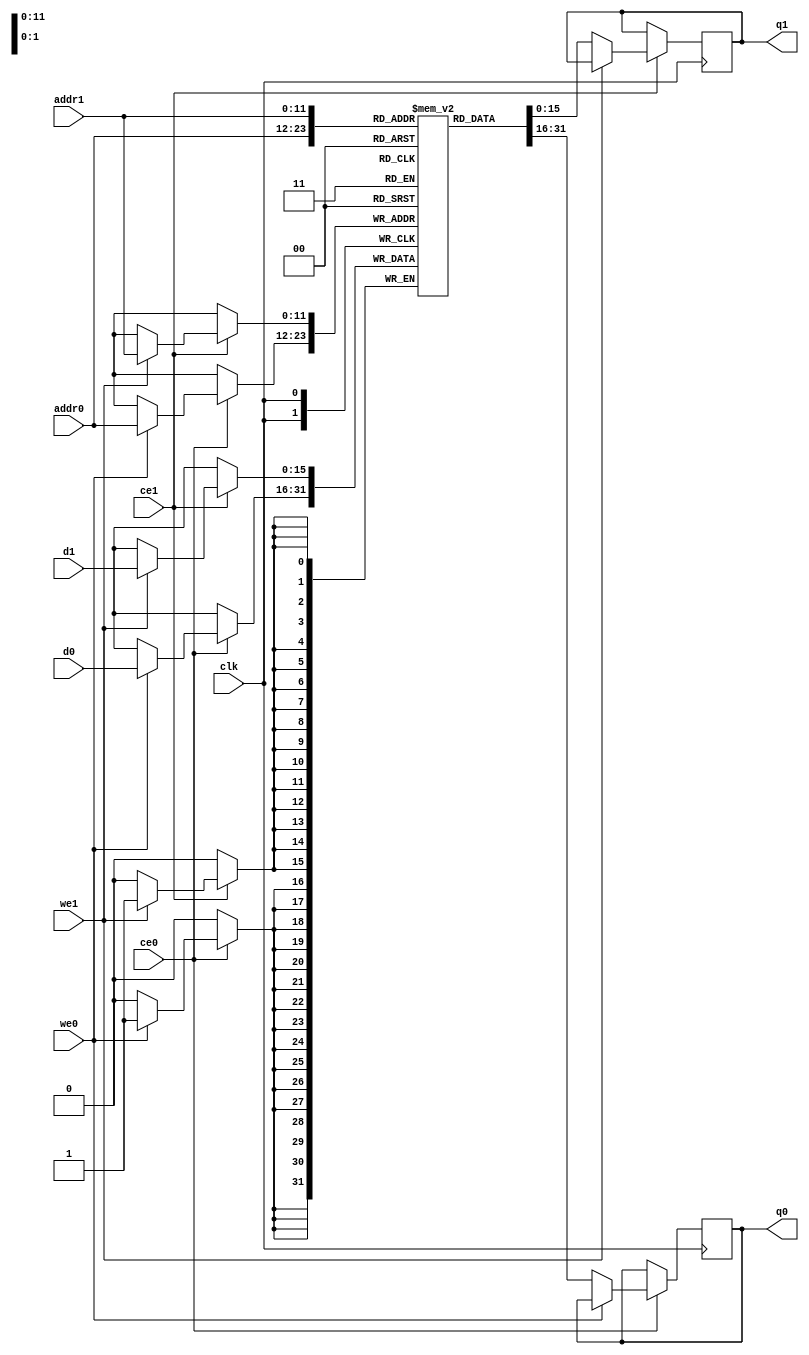
//////////////////////////////////////////////////////////////////////////////////
// Company: 
//
// Design Name: 
// Module Name: dpbram_from_hls
// Project Name:
// Target Devices:
// Tool Versions:
// Description: synthesible true dpbram from vivado hls
// Dependencies:
//
// Revision:
// Revision 0.01 - File Created
// Additional Comments:
//
//////////////////////////////////////////////////////////////////////////////////

`timescale 1 ns / 1 ps
module true_dpbram (
	clk, 
	addr0, 
	ce0, 
	we0, 
	q0, 
	d0, 
	addr1, 
	ce1, 
	we1,
	
	q1, 
	d1
);

parameter DWIDTH = 16;  //16
parameter AWIDTH = 12;   //12
parameter MEM_SIZE = 3840;

input clk;

input[AWIDTH-1:0] addr0;
input ce0;
input we0;
output reg[DWIDTH-1:0] q0;
input[DWIDTH-1:0] d0;

input[AWIDTH-1:0] addr1;
input ce1;
input we1;
output reg[DWIDTH-1:0] q1;
input[DWIDTH-1:0] d1;

(* ram_style = "block" *)reg [DWIDTH-1:0] ram[0:MEM_SIZE-1];

always @(posedge clk)  
begin 
    if (ce0) begin
        if (we0) 
            ram[addr0] <= d0;
		else
        	q0 <= ram[addr0];
    end
end

always @(posedge clk)  
begin 
    if (ce1) begin
        if (we1) 
            ram[addr1] <= d1;
		else
        	q1 <= ram[addr1];
    end
end

endmodule